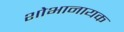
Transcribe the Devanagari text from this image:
शोभानायक